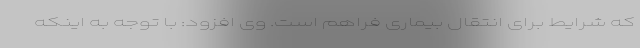
که شرایط برای انتقال بیماری فراهم است. وی افزود: با توجه به اینکه